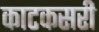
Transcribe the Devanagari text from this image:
काटकसरी